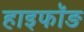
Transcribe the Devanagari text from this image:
हाइफॉङ